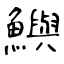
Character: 鱮